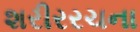
શરીરરચના